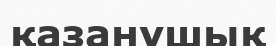
қазанұшық